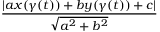
\frac { | a x ( \gamma ( t ) ) + b y ( \gamma ( t ) ) + c | } { \sqrt { a ^ { 2 } + b ^ { 2 } } }